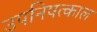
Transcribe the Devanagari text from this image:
उपनिषत्काल